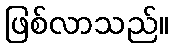
ဖြစ်လာသည်။